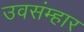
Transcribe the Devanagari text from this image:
उवसंम्हार